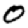
Digit: 0